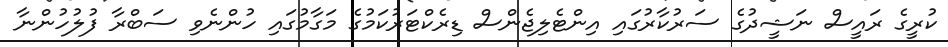
ކުރީގެ ރައީސް ނަޝީދުގެ ސަރުކާރުގައި އިންޓެލިޖެންސް ޑިރެކްޓަރުކަމުގެ މަގާމުގައި ހުންނެވި ސަބްރާ ފުލުހުންނާ